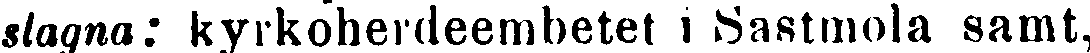
slagna: kyrkoherdeembetet i Sastmola samt,